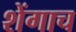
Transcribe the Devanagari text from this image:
शेंगाच